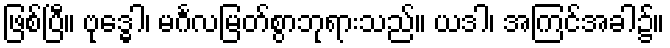
ဖြစ်ပြီ။ ဗုဒ္ဓေါ၊ မင်္ဂလမြတ်စွာဘုရားသည်။ ယဒါ၊ အကြင်အခါ၌။